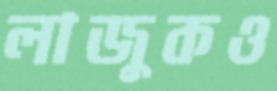
লাজুকও